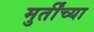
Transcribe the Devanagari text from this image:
मुर्तींच्या